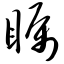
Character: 瞩